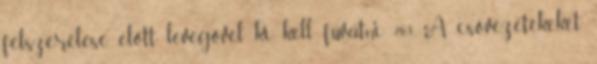
felszerelése elõtt levegõvel ki kell fúvatni. 2.6.3. A csõvezetékeket